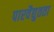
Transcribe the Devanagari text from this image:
पारवैद्युतता